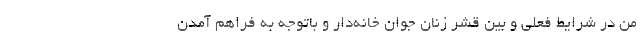
من در شرایط فعلی و بین قشر زنان جوان خانه‌دار و باتوجه به فراهم آمدن